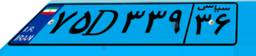
۳۱D۸۷۶۶۰